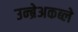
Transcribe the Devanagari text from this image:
उन्ब्रेअकब्ले